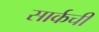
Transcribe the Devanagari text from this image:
सार्कची